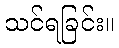
သင်ရခြင်း။